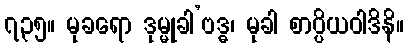
၇၃၅။ မုခရော ဒုမ္မုခါ’ဗဒ္ဓ၊ မုခါ စာပ္ပိယဝါဒိနိ။